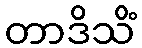
တာဒိသိံ